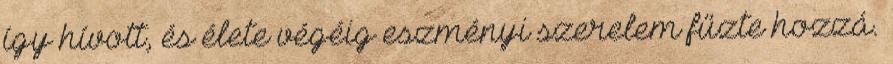
így hívott, és élete végéig eszményi szerelem fűzte hozzá.